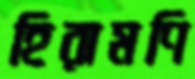
হিরামণি